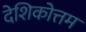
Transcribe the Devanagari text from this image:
देशिकोत्तम